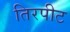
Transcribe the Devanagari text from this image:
तिरपीट